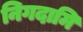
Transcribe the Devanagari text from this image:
निगदामि